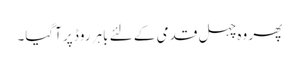
پھر وہ چہل قدمی کے لئے باہر روڈ پر آگیا۔